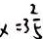
x = 3 \frac { 2 } { 5 }